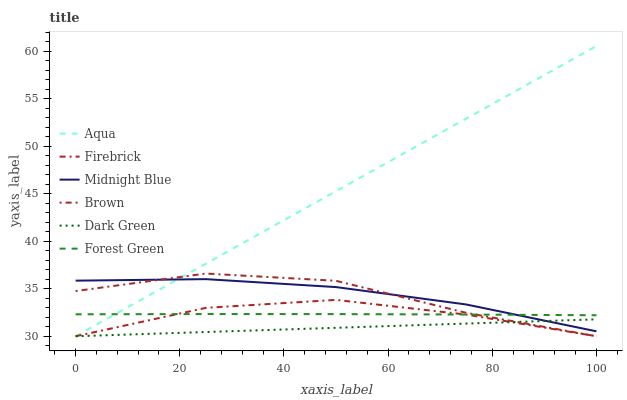
| xaxis_label | Aqua | Firebrick | Midnight Blue | Brown | Dark Green | Forest Green |
 | --- | --- | --- | --- | --- | --- | --- |
 | 0 | 30 | 30 | 35.9 | 34.8 | 30 | 32.3 |
 | 25 | 37.6 | 33 | 36 | 36.6 | 30.4 | 32.3 |
 | 50 | 45.3 | 33.8 | 35.2 | 35.8 | 30.9 | 32.3 |
 | 75 | 52.9 | 32.3 | 33.3 | 32.5 | 31.3 | 32.3 |
 | 100 | 60.6 | 30 | 30.5 | 30 | 31.8 | 32.2 |